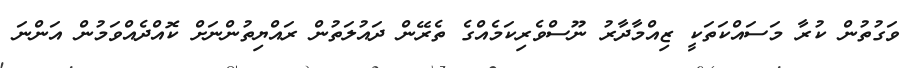
ވަގުތުން ކުރާ މަސައްކަތަކީ ޒިއްމާދާރު ނޫސްވެރިކަމެއްގެ ތެރޭން ދައުލަތުން ރައްޔިތުންނަށް ކޮއްދެއްވަމުން އަންނަ